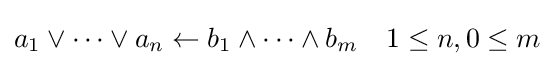
a_{1}\vee \dots \vee a_{n}\leftarrow b_{1}\wedge \dots \wedge b_{m}\quad 1\leq n,0\leq m